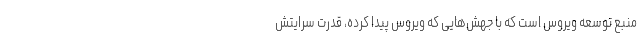
منبع توسعه ویروس است که با جهش‌هایی که ویروس پیدا کرده، قدرت سرایتش